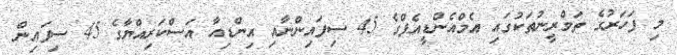
މި ފަހަރުގެ ތަމްރީނުތަކުގައި އެމްއެންޑީއެފްގެ 45 ސިފައިންނާއި އިންޑިއާ އަސްކަރިއްޔާގެ 45 ސިފައިން